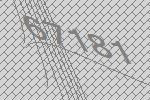
67181